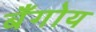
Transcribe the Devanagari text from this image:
बँगोय